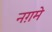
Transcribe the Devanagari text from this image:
नग़मे